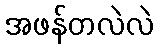
အဖန်တလဲလဲ